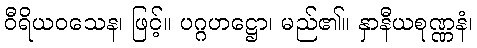
ဝီရိယဝသေန၊ ဖြင့်။ ပဂ္ဂဟဋ္ဌော၊ မည်၏။ နှာနီယစုဏ္ဏနံ၊